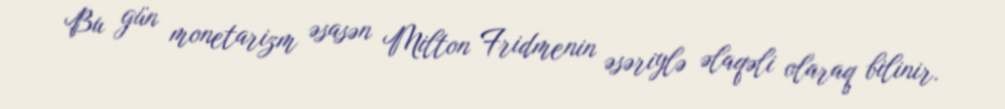
Bu gün monetarizm əsasən Milton Fridmenin əsəriylə əlaqəli olaraq bilinir.